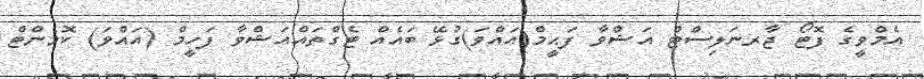
އެމްވީގެ ފޮޓޯ ޖާރނަލިސްޓް އަޝްވާ ފަޙީމް(އައްވަ)ގުޅޭ ބައެއް ޓެގްތައްއަޝްވާ ފަހީމް (އައްވަ) ކޮމެންޓް